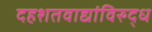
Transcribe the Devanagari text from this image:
दहशतवाद्यांविरुद्ध